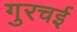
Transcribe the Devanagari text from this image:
गुरचई